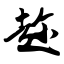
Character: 趁